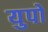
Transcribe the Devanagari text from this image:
युपो